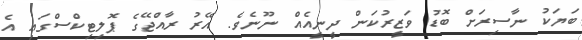
ބަޔަކު ނާސިރަށް ބޮޑު ވަޒީރުކަން ދީނީއެއް ނޫނެވެ. އޭރު ރާއްޖޭގެ ޕޮލިޓިކްސްގައި އެ